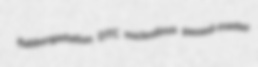
flabbergastation DTC nucleolinus passed-master